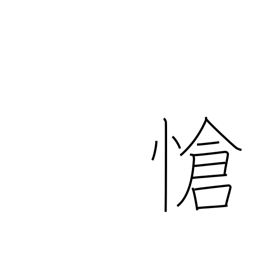
Meaning: pathetic